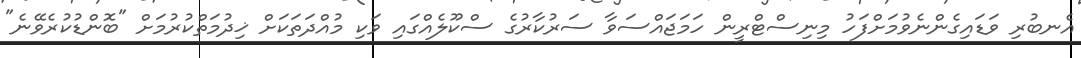
އެނބުރި ވަޑައިގެންނެވުމަށްފަހު މިނިސްޓްރީން ހަމަޖައްސަވާ ސަރުކާރުގެ ސްކޫލެއްގައި ވަކި މުއްދަތަކަށް ޚިދުމަތްކުރުމަށް "ބޮންޑުކުރެވޭނެ"